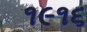
૧૯૧૬